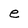
Character: e